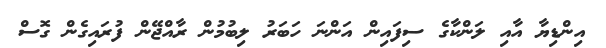
އިންޑިޔާ އާއި ލަންކާގެ ސިފައިން އަންނަ ހަބަރު ލިބުމުން ރާއްޖޭން ފުރައިގެން ގޮސް